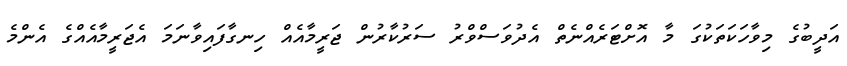
އަދީބުގެ މިވާހަކަތަކުގަ މާ އޮށްޓަރެއްނެތް އެދުވަސްވްރު ސަރުކާރުން ޖަރީމާއެއް ހިނގާފައިވާނަމަ އެޖަރީމާއެއްގެ އެންމެ